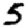
Digit: 5